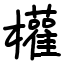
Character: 權